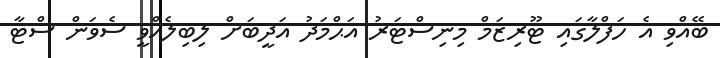
ބޭއްވި އެ ހަފްލާގައި ޓޫރިޒަމް މިނިސްޓަރު އަޙްމަދު އަދީބަށް ލިބިލެއްވީ ސެވަން ސްޓާ